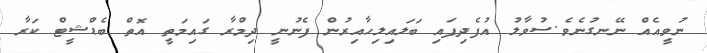
ނުވީއެއް ނޭނގުނެވެ.ސުވާލު އުފެދިފައި ބަލައިލިހާއިރުން ފެނުނީ ދިމްރާ ގައިމަތީ އޮތް ބެޑްޝީޓް ކަރާ